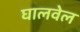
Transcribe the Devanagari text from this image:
घालवेल